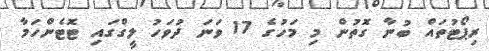
ރިޕޯޓުތައް ބުނާ ގޮތުން މި މަހުގެ 17 ވަނަ ދުވަހު ލީގްގައި ޓޮޓެންހަމާ